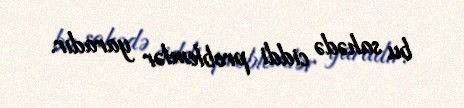
bu sahədə ciddi problemlər yaradır.